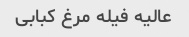
عالیه فیله مرغ کبابی